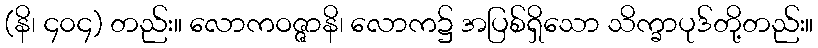
(နိ၊ ၄၀၄) တည်း။ လောကဝဇ္ဇာနိ၊ လောက၌ အပြစ်ရှိသော သိက္ခာပုဒ်တို့တည်း။